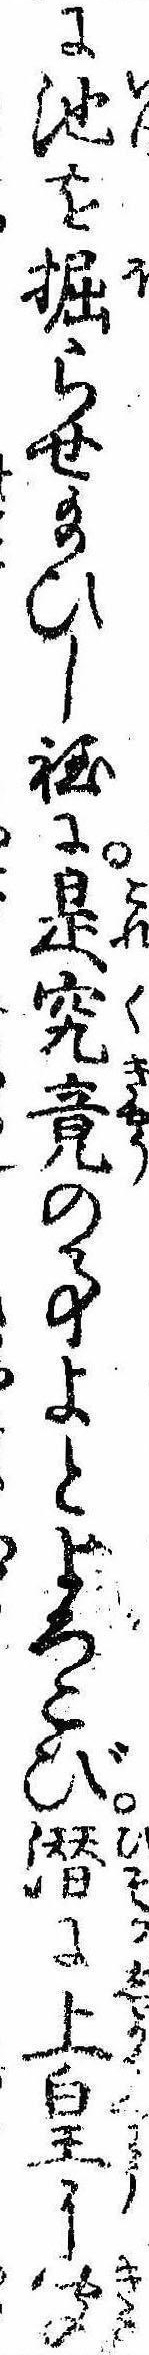
に池を掘らせ給ひし程に是究竟の事よとよろこび潜に上皇に聞